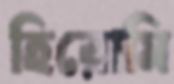
হিরোমি